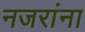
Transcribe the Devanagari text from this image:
नजरांना